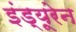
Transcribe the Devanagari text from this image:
इंड्यूरेन